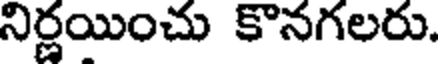
నిర్ణయించు కొనగలరు.